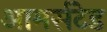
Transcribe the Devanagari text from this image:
आमर्सटेड